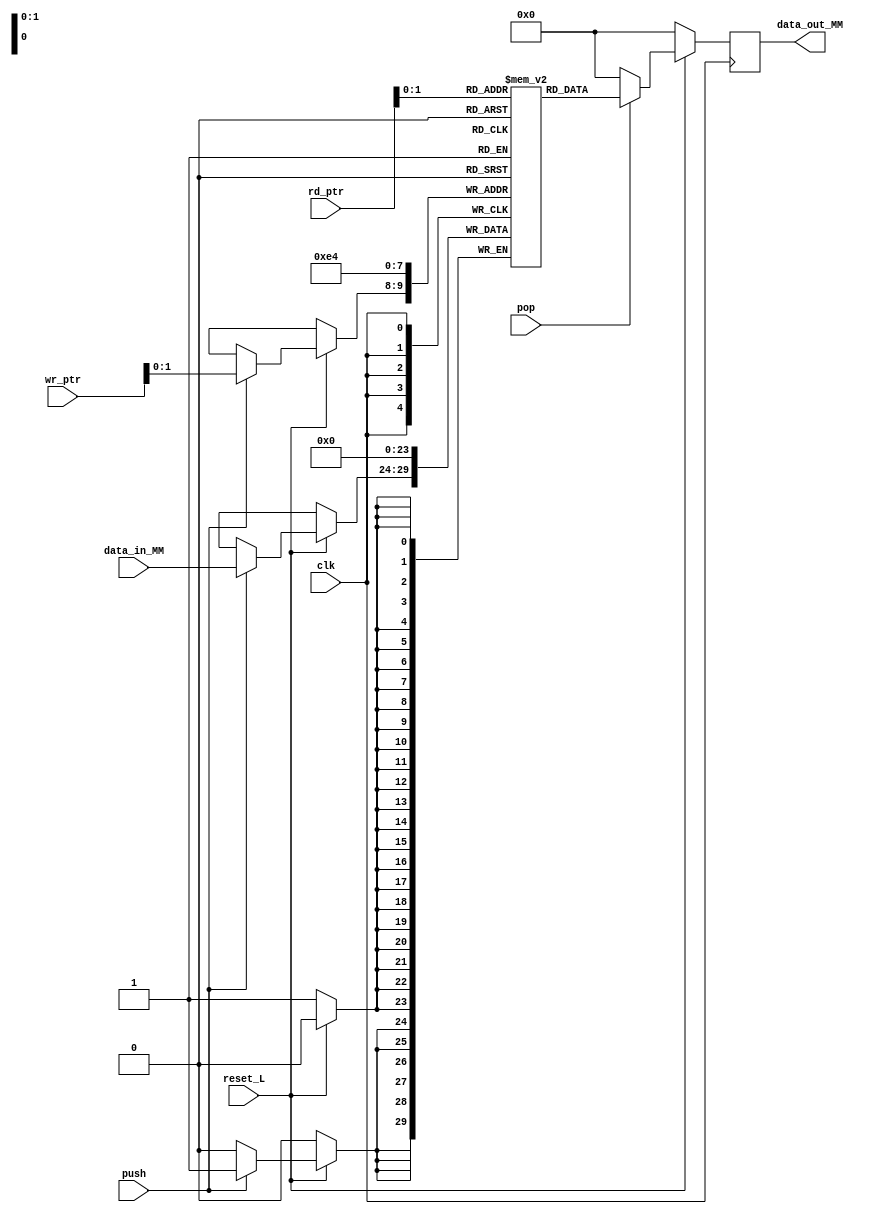
module memory 
#(
    parameter MEM_SIZE = 4,   //Tamano de memoria (Cantidad de entradas)
    parameter WORD_SIZE = 6,    //Cantidad de bits
    parameter PTR_L = 3)        //Longitud de bits para el puntero
 (
    input [PTR_L-1:0] rd_ptr,
    input [PTR_L-1:0] wr_ptr,
    input [WORD_SIZE-1:0] data_in_MM,
    input push,
    input pop,
    input reset_L,
    input clk,
    output reg [WORD_SIZE-1:0] data_out_MM);

reg [WORD_SIZE-1:0] Mem [MEM_SIZE-1:0]; //Matriz memoria                         
integer i;

always @(posedge clk)begin

    if(!reset_L)begin //Inicializacion
        data_out_MM <= 0;
        for(i = 0; i < MEM_SIZE; i = i + 1) begin
            Mem[i] <= 0;
        end
    end    
    else begin //Lectura Escritura

        if(push) begin
            Mem[wr_ptr] <= data_in_MM;
        end    

        if(pop) begin
            data_out_MM <= Mem[rd_ptr];
        end

        else begin
            data_out_MM <= 0; 
        end
    end   
end

endmodule